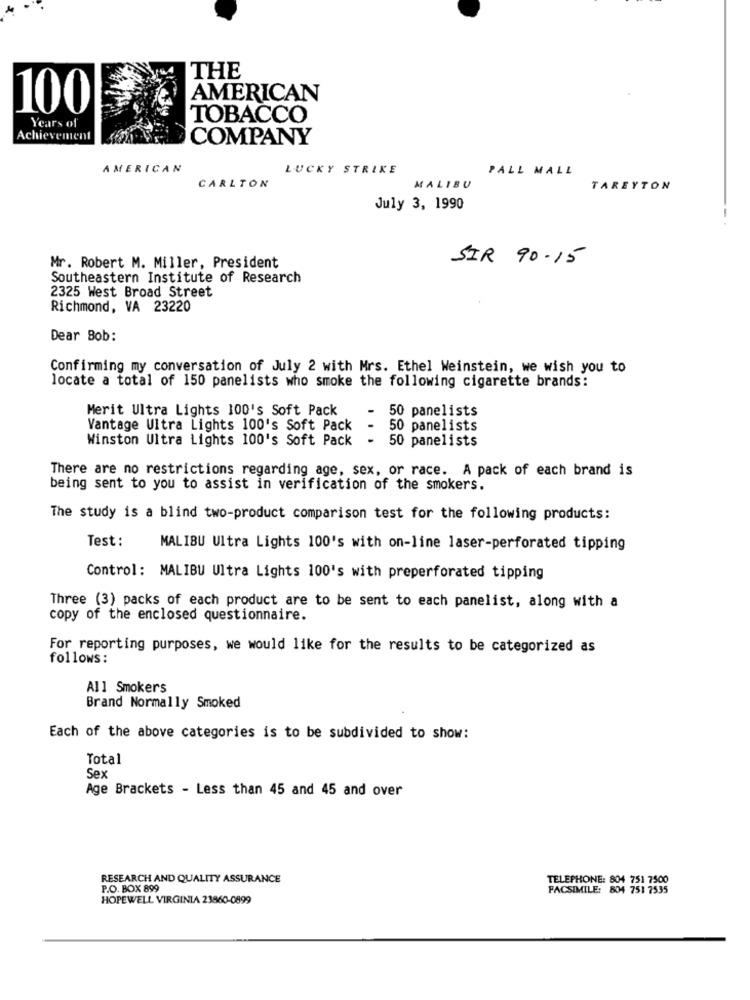
THE
AMERICAN
100
TOBACCO
Years of
Achievement
COMPANY
AMERICAN
LUCKY STRIKE
PALL MALL
CARLTON
MALIBU
TAREYTON
July 3, 1990
SIR 90.15
Mr. Robert M. Miller, President
Southeastern Institute of Research
2325 West Broad Street
Richmond, VA 23220
Dear Bob:
Confirming my conversation of July 2 with Mrs. Ethel Weinstein, we wish you to
locate a total of 150 panelists who smoke the following cigarette brands:
Merit Ultra Lights 100's Soft Pack
-
50 panelists
Vantage Ultra Lights 100's Soft Pack
50 panelists
Winston Ultra Lights 100's Soft Pack
- 50 panelists
There are no restrictions regarding age, sex, or race. A pack of each brand is
being sent to you to assist in verification of the smokers.
The study is a blind two-product comparison test for the following products:
Test :
MALIBU Ultra Lights 100's with on-line laser-perforated tipping
Control: MALIBU Ultra Lights 100's with preperforated tipping
Three (3) packs of each product are to be sent to each panelist, along with a
copy of the enclosed questionnaire.
For reporting purposes, we would like for the results to be categorized as
follows:
All Smokers
Brand Normally Smoked
Each of the above categories is to be subdivided to show:
Total
Sex
Age Brackets - Less than 45 and 45 and over
RESEARCH AND QUALITY ASSURANCE
TELEPHONE: 804 751 7500
P.O. BOX 899
FACSIMILE: 804 751 7535
HOPEWELL VIRGINIA 23860-0899